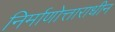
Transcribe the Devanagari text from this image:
निर्माणोत्ताराधीन